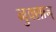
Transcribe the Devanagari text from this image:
नुक्सान्